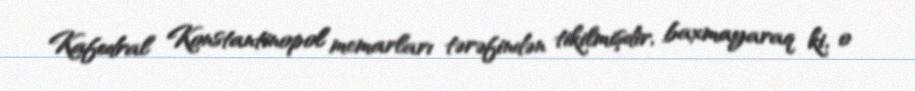
Kafedral Konstantinopol memarları tərəfindən tikilmişdir, baxmayaraq ki, o